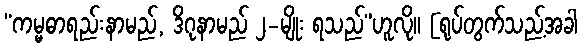
“ကမ္မဓာရည်းနာမည်, ဒိဂုနာမည် ၂-မျိုး ရသည်”ဟူလို။ [ရုပ်တွက်သည့်အခါ